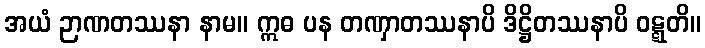
အယံ ဉာဏတဿနာ နာမ။ ဣဓ ပန တဏှာတဿနာပိ ဒိဋ္ဌိတဿနာပိ ဝဋ္ဋတိ။